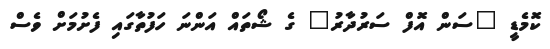
ކޮމެޑީ "ސަން އޮފް ސަރުދާރު" ގެ ޝޯތައް އަންނަ ހަފުތާގައި ފެށުމަށް ވެސް